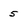
Character: 5